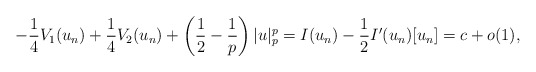
\begin{align*}- \frac{1}{4}V_1(u_n) + \frac{1}{4} V_2(u_n) + \left(\frac{1}{2} - \frac{1}{p}\right)|u|^p_p = I(u_n) -\frac{1}{2}I'(u_n)[u_n] = c + o(1),\end{align*}